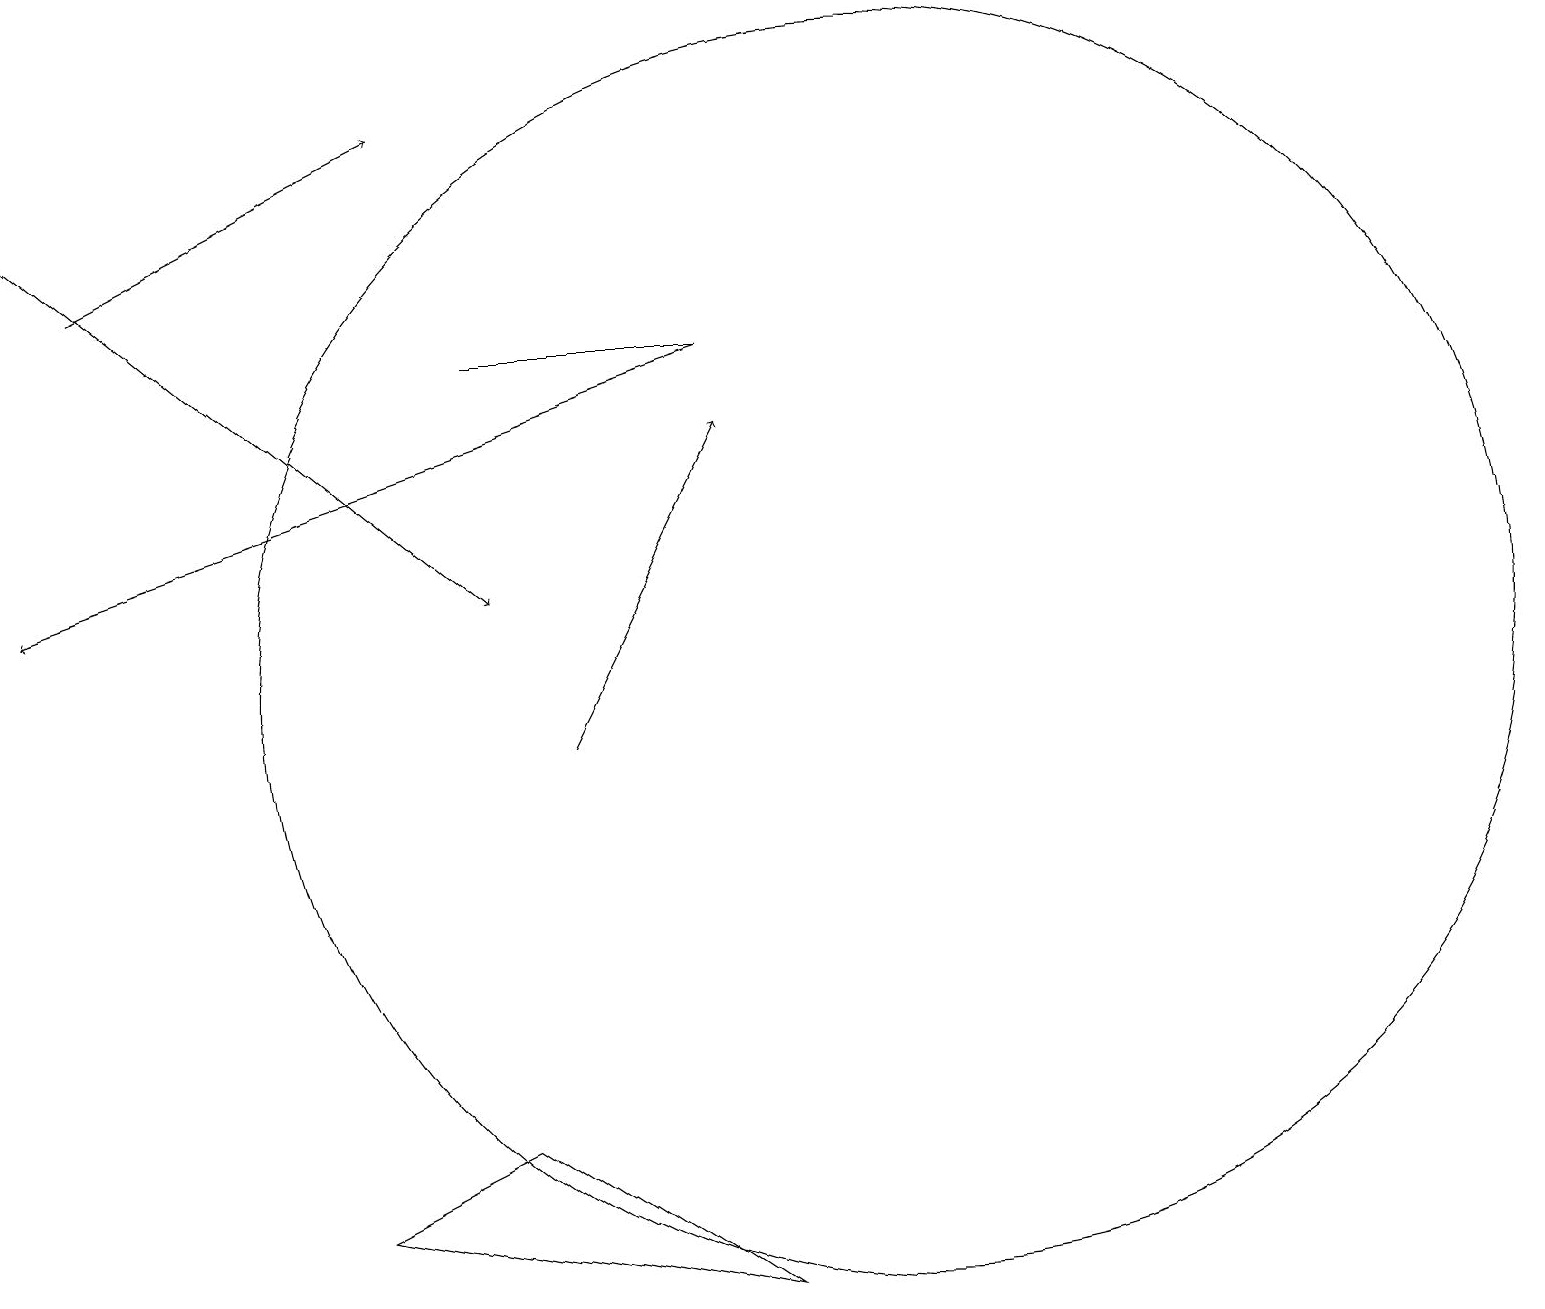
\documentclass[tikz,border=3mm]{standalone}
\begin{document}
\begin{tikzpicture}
\draw (4,4) -- (6,5) -- (9,3) -- cycle;
\draw (6,15) rectangle (9,15);
\draw[->] (1,16) -- (5,18);
\draw[->] (7,10) -- (9,14);
\draw (11,11) circle (8);
\draw[->] (9,15) -- (0,12);
\draw[->] (0,17) -- (6,12);
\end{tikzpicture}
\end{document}